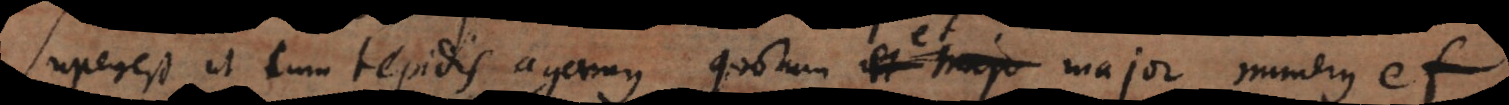
perest ut cum tepidis agamus, quorum et major numerus et